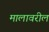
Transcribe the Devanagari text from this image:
मालावरील